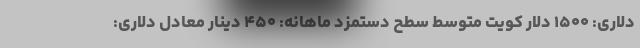
دلاری: ۱۵۰۰ دلار کویت متوسط سطح دستمزد ماهانه: ۴۵۰ دینار معادل دلاری: